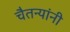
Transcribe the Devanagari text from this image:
चैतन्यांनी